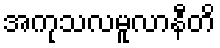
အကုသလမူလာနီတိ